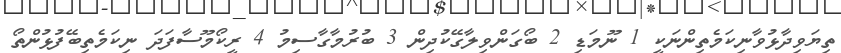
ތިޔަވިދާޅުވާނިކަމެތިންނަކީ 1 ނޫމަޑި 2 ބޯގަންވިލާގޭކުދިން 3 ބުރުމާގާސިމު 4 ރީކޯމޫސާފަދަ ނިކަމެތިބޭފުޅުންތޯ